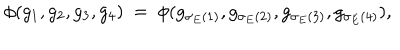
\phi ( g _ { 1 } , g _ { 2 } , g _ { 3 } , g _ { 4 } ) \ = \ \phi ( g _ { \sigma _ { E } ( 1 ) } , g _ { \sigma _ { E } ( 2 ) } , g _ { \sigma _ { E } ( 3 ) } , g _ { \sigma _ { E } ( 4 ) } ) ,